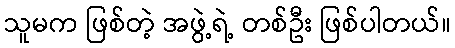
သူမက ဖြစ်တဲ့ အဖွဲ့ရဲ့ တစ်ဦး ဖြစ်ပါတယ်။